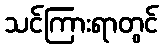
သင်ကြားရာတွင်